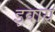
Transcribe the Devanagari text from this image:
इवाय